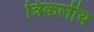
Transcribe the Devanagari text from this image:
त्रिकलीय